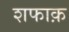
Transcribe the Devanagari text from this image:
शफाक़